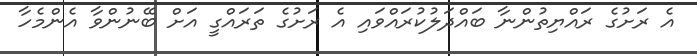
އެ ރަށުގެ ރައްޔިތުންނާ ބައްދަލުކުރައްވައި އެ ރަށުގެ ތަރައްގީ އަށް ބޭނުންވާ އެންމެހާ